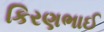
કિરણભાઈ